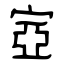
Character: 㝞